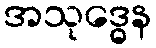
အသုဒ္ဓေန